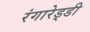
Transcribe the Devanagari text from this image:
रंगारेड्‍डी